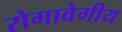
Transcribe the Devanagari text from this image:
रोगावेगीय